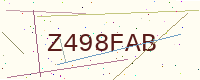
Text: Z498FAB